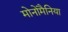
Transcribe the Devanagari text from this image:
मोनोमैनिया